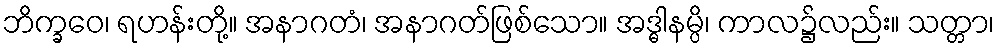
ဘိက္ခဝေ၊ ရဟန်းတို့။ အနာဂတံ၊ အနာဂတ်ဖြစ်သော။ အဒ္ဓါနမ္ပိ၊ ကာလ၌လည်း။ သတ္တာ၊